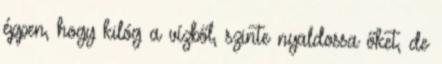
éppen, hogy kilóg a vízből, szinte nyaldossa őket, de